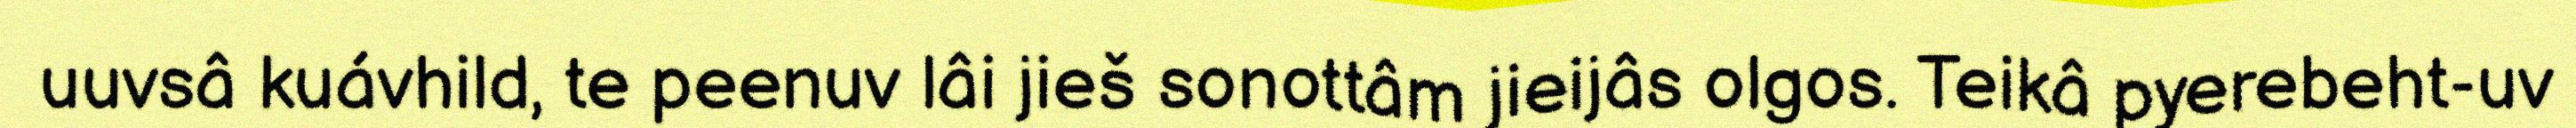
uuvsâ kuávhild, te peenuv lâi jieš sonottâm jieijâs olgos. Teikâ pyerebeht-uv